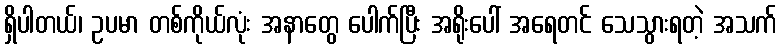
ရှိပါတယ်၊ ဥပမာ တစ်ကိုယ်လုံး အနာတွေ ပေါက်ပြီး အရိုးပေါ် အရေတင် သေသွားရတဲ့ အသက်